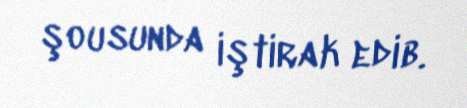
şousunda iştirak edib.